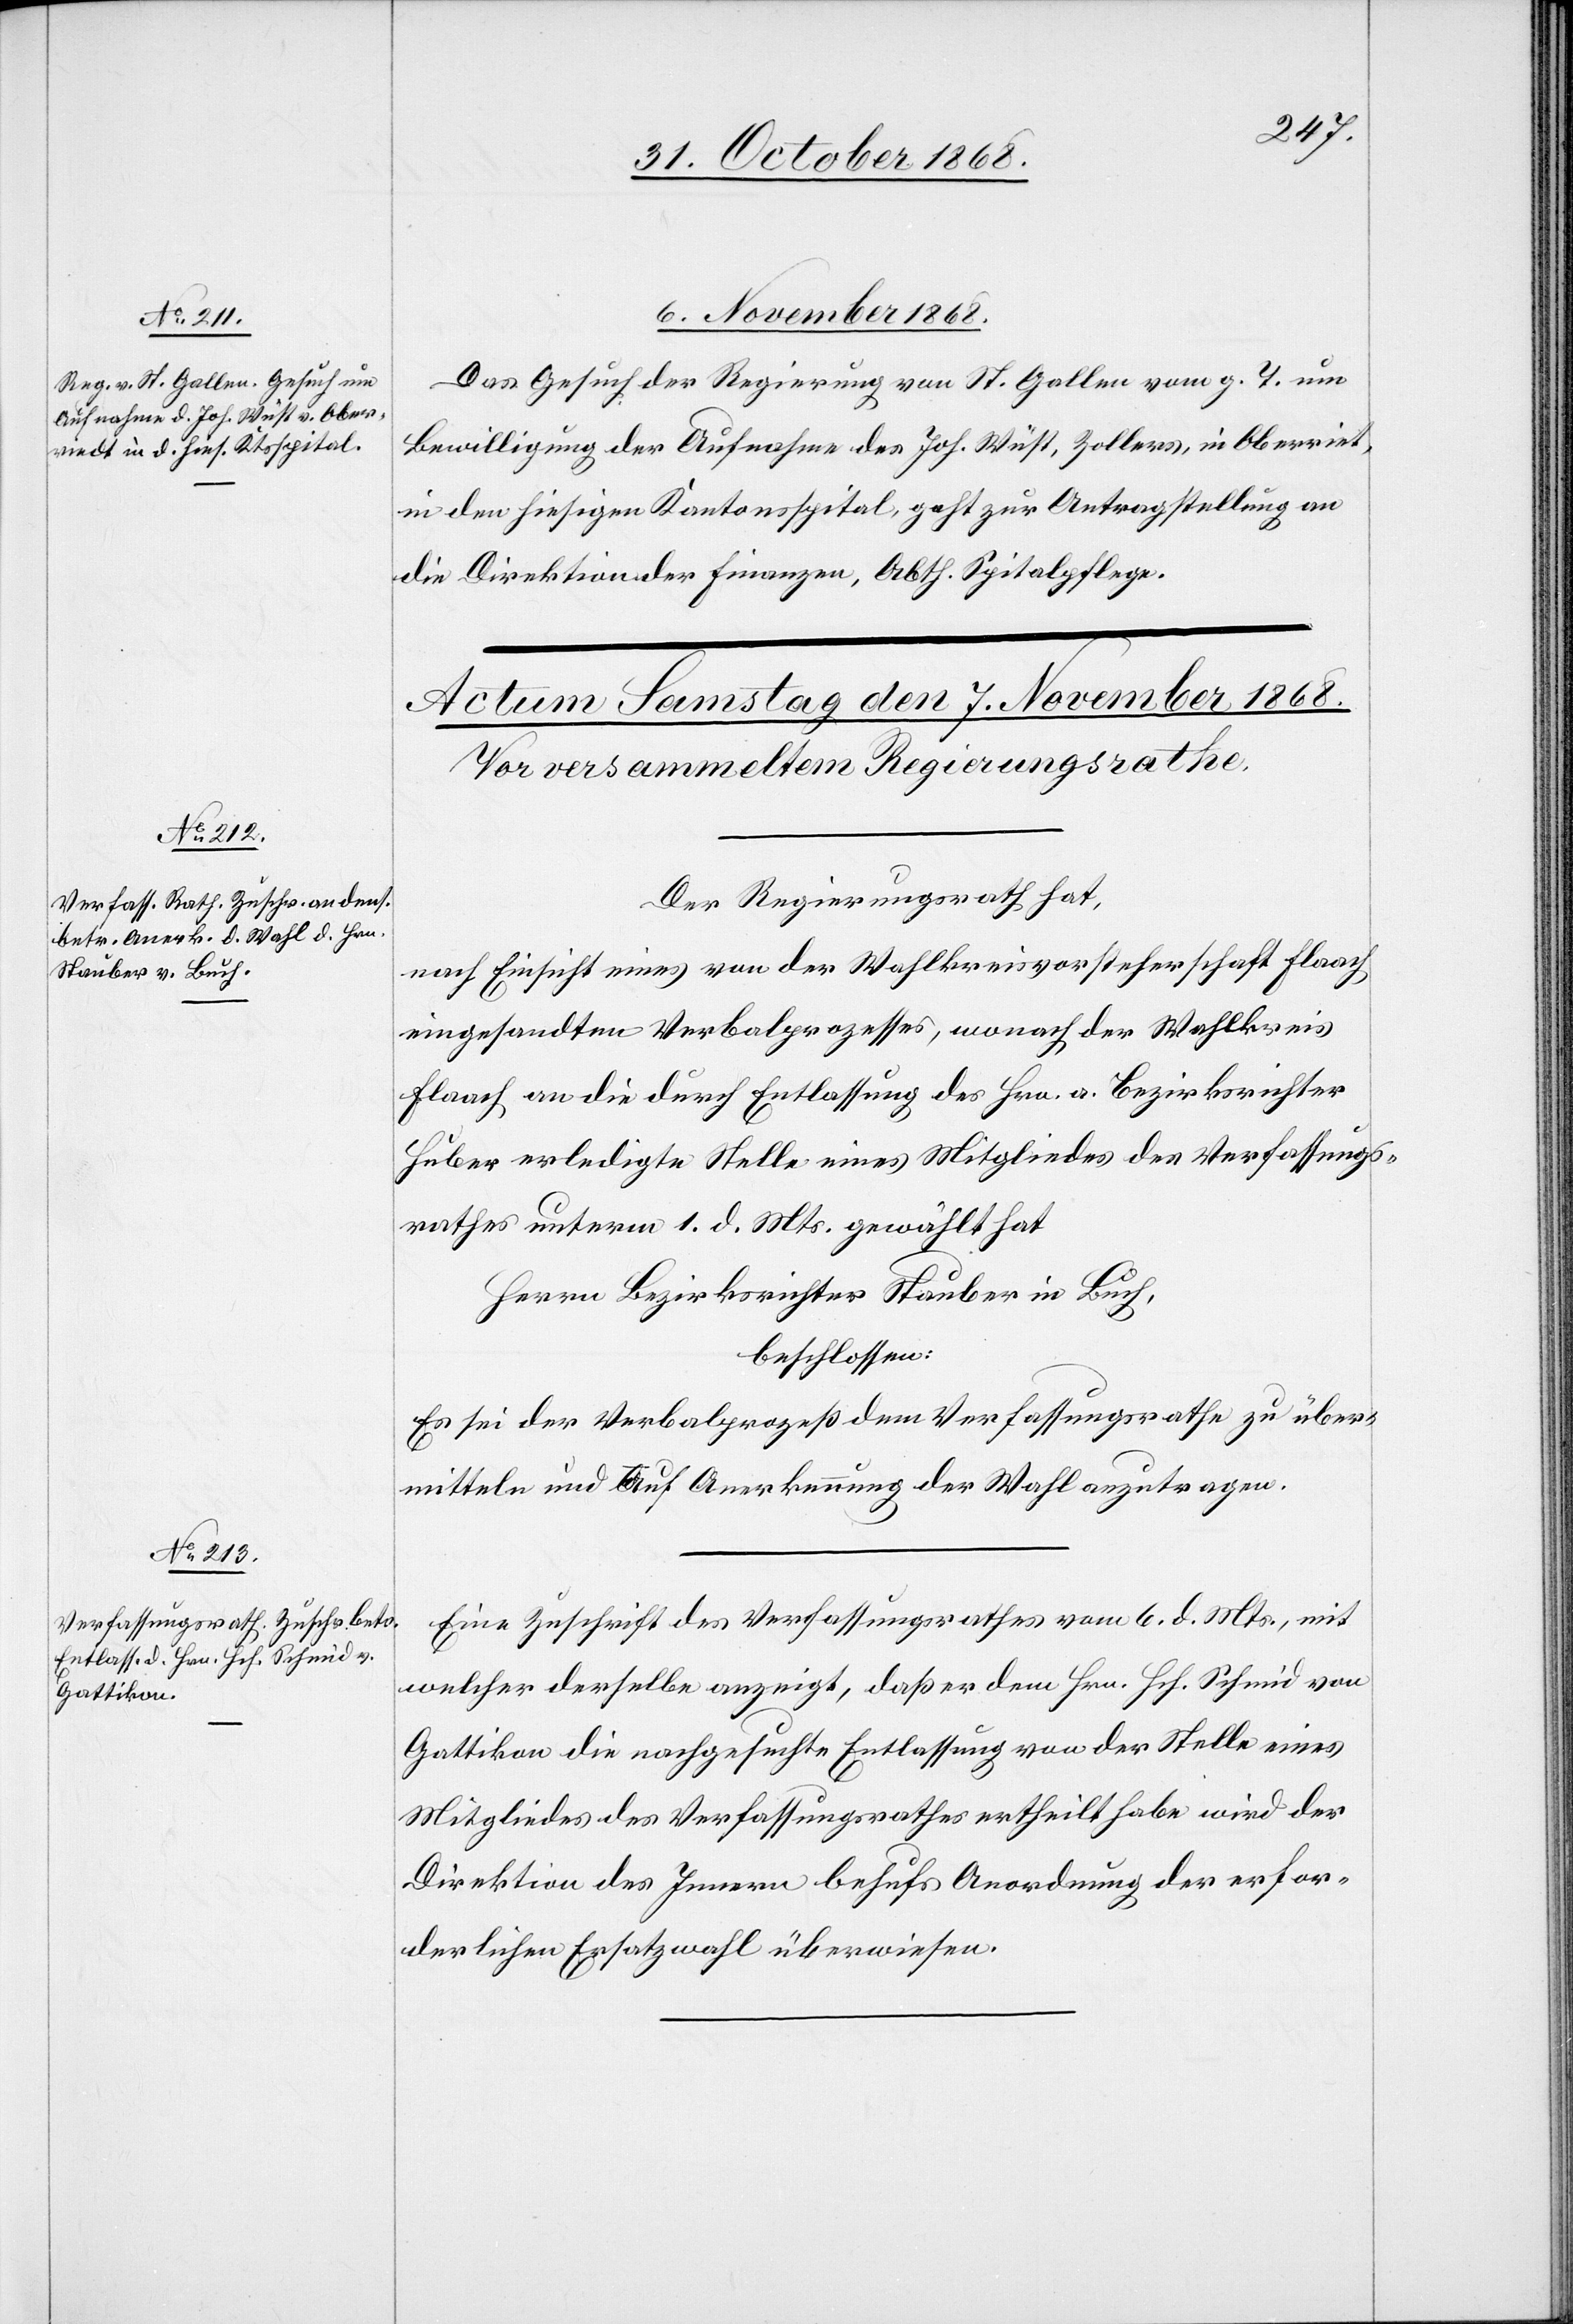
6. November 1868.
Das Gesuch der Regierung von St. Gallen vom g. T. um
Bewilligung der Aufnahme des Joh. Wüst, Zollers, in Oberriet,
in den hiesigen Kantonsspital, geht zur Antragstellung an
die Direktion der Finanzen, Abth. Spitalpflege.
Der Regierungsrath hat,
nach Einsicht eines von der Wahlkreisvorsteherschaft Flaach
eingesandten Verbalprozesses, wonach der Wahlkreis
Flaach an die durch Entlassung des Hrn. a. Bezirksrichter
Huber erledigte Stelle eines Mitgliedes des Verfassungs¬
rathes unterm 1. d. Mts. gewählt hat
Herrn Bezirksrichter Stauber in Buch,
beschlossen:
Es sei der Verbalprozeß dem Verfassungsrathe zu über¬
mitteln und auf Anerkennung der Wahl anzutragen.
Eine Zuschrift des Verfassungsrathes vom 6. d. Mts., mit
welcher derselbe anzeigt, daß er dem Hrn. Hch. Schmid von
Gattikon die nachgesuchte Entlassung von der Stelle eines
Mitgliedes des Verfassungsrathes ertheilt habe wird der
Direktion des Innern behufs Anordnung der erfor¬
derlichen Ersatzwahl überwiesen.